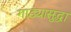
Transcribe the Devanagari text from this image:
गाड्यासुद्धा